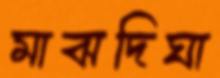
মাঝদিঘা